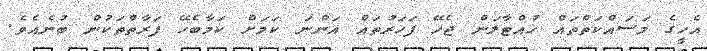
އެހީގެ މަސައްކަތްތައް ހުއްޓާލަން ޖެހޭ ފަހަރުތައް އަންނަ ކަމަށް ކަމާބެހޭ ފަރާތްތަކުން ބުނެއެވެ.